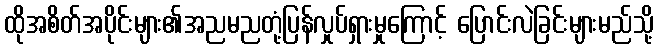
ထိုအစိတ်အပိုင်းများ၏အညမညတုံ့ပြန်လှုပ်ရှားမှုကြောင့် ပြောင်းလဲခြင်းများမည်သို့